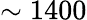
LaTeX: \sim 1400